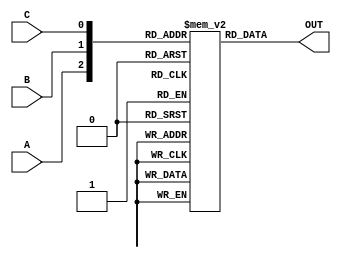
`timescale 1ns/1ns

module rom_8x2(A, B, C, OUT);
    input wire A, B, C;
    output wire [1:0] OUT;

    reg [1:0] DATA [7:0];

    initial begin

    DATA[0] = 2'b10;
    DATA[1] = 2'b11;
    DATA[2] = 2'b00;
    DATA[3] = 2'b00;
    DATA[4] = 2'b11;
    DATA[5] = 2'b11;
    DATA[6] = 2'b00;
    DATA[7] = 2'b10;

    end

    assign OUT[1] = DATA[{A, B, C}][1]; //F
    assign OUT[0] = DATA[{A, B, C}][0]; //G

endmodule